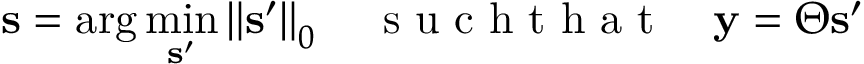
\mathbf { s } = \arg \operatorname* { m i n } _ { \mathbf { s } ^ { \prime } } \left\| \mathbf { s } ^ { \prime } \right\| _ { 0 } \quad \mathrm { ~ s ~ u ~ c ~ h ~ t ~ h ~ a ~ t ~ } \quad \mathbf { y } = \boldsymbol { \Theta } \mathbf { s } ^ { \prime }